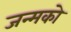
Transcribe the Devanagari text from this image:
जन्मको